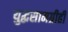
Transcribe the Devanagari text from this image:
युद्धसामग्रीही